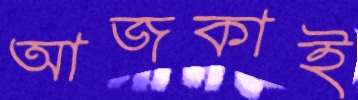
আজকাই